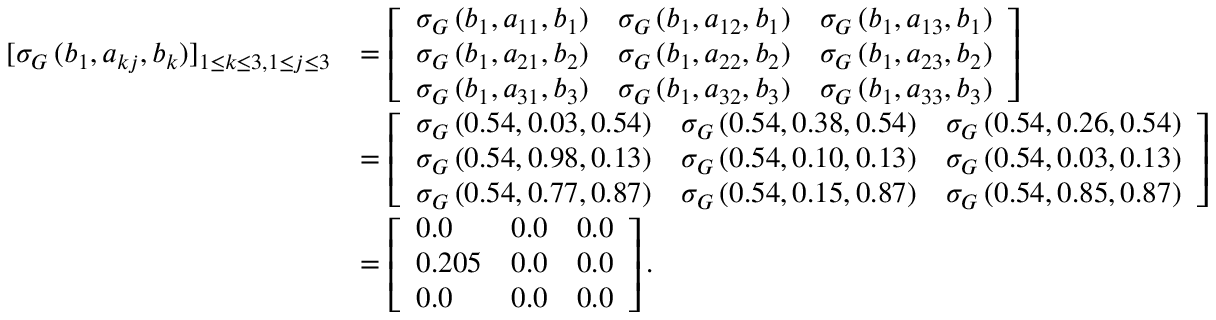
\begin{array} { r l } { [ \sigma _ { G } \, ( b _ { 1 } , a _ { k j } , b _ { k } ) ] _ { 1 \leq k \leq 3 , 1 \leq j \leq 3 } } & { = \left[ \begin{array} { l l l } { \sigma _ { G } \, ( b _ { 1 } , a _ { 1 1 } , b _ { 1 } ) } & { \sigma _ { G } \, ( b _ { 1 } , a _ { 1 2 } , b _ { 1 } ) } & { \sigma _ { G } \, ( b _ { 1 } , a _ { 1 3 } , b _ { 1 } ) } \\ { \sigma _ { G } \, ( b _ { 1 } , a _ { 2 1 } , b _ { 2 } ) } & { \sigma _ { G } \, ( b _ { 1 } , a _ { 2 2 } , b _ { 2 } ) } & { \sigma _ { G } \, ( b _ { 1 } , a _ { 2 3 } , b _ { 2 } ) } \\ { \sigma _ { G } \, ( b _ { 1 } , a _ { 3 1 } , b _ { 3 } ) } & { \sigma _ { G } \, ( b _ { 1 } , a _ { 3 2 } , b _ { 3 } ) } & { \sigma _ { G } \, ( b _ { 1 } , a _ { 3 3 } , b _ { 3 } ) } \end{array} \right] } \\ & { = \left[ \begin{array} { l l l } { \sigma _ { G } \, ( 0 . 5 4 , 0 . 0 3 , 0 . 5 4 ) } & { \sigma _ { G } \, ( 0 . 5 4 , 0 . 3 8 , 0 . 5 4 ) } & { \sigma _ { G } \, ( 0 . 5 4 , 0 . 2 6 , 0 . 5 4 ) } \\ { \sigma _ { G } \, ( 0 . 5 4 , 0 . 9 8 , 0 . 1 3 ) } & { \sigma _ { G } \, ( 0 . 5 4 , 0 . 1 0 , 0 . 1 3 ) } & { \sigma _ { G } \, ( 0 . 5 4 , 0 . 0 3 , 0 . 1 3 ) } \\ { \sigma _ { G } \, ( 0 . 5 4 , 0 . 7 7 , 0 . 8 7 ) } & { \sigma _ { G } \, ( 0 . 5 4 , 0 . 1 5 , 0 . 8 7 ) } & { \sigma _ { G } \, ( 0 . 5 4 , 0 . 8 5 , 0 . 8 7 ) } \end{array} \right] } \\ & { = \left[ \begin{array} { l l l } { 0 . 0 } & { 0 . 0 } & { 0 . 0 } \\ { 0 . 2 0 5 } & { 0 . 0 } & { 0 . 0 } \\ { 0 . 0 } & { 0 . 0 } & { 0 . 0 } \end{array} \right] . } \end{array}